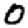
Digit: 0